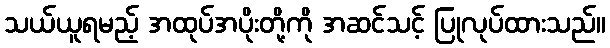
သယ်ယူရမည့် အထုပ်အပိုးတို့ကို အဆင်သင့် ပြုလုပ်ထားသည်။